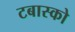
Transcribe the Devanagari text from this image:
टबास्को